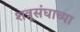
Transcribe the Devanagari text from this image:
शत्रूसंघाच्या